Civil Veterinary Dept. North-West Frontier Province 1923-32 - 1923-1932
Year: 1923
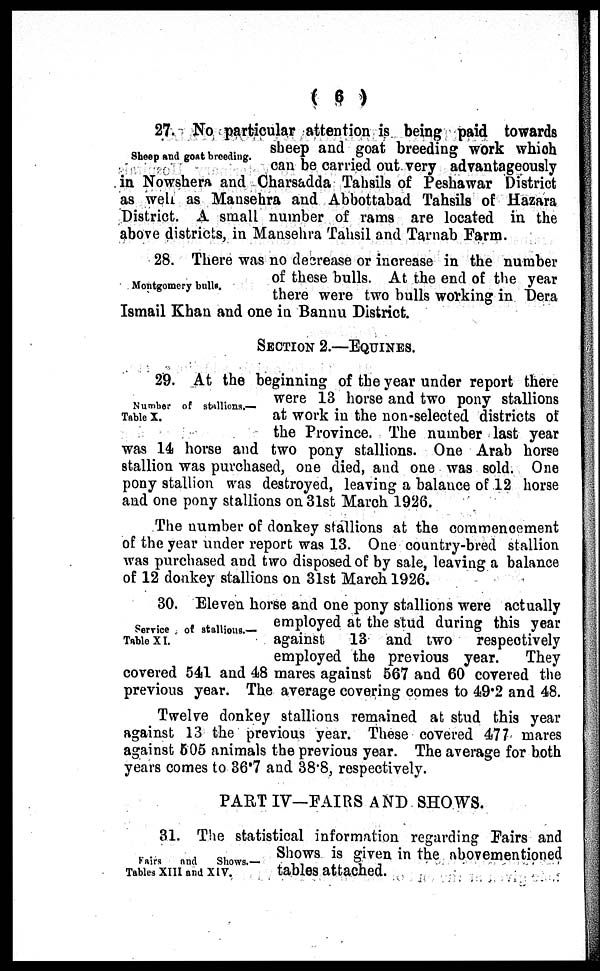
(6)
Sheep and goat breeding.
27. No particular attention is being paid towards
sheep and goat breeding work which
can be carried out very advantageously
in Nowshera and Charsadda Tahsils of Peshawar District
as well as Mansehra and Abbottabad Tahsils of Hazara
District. A small number of rams are located in the
above districts, in Mansehra Tahsil and Tarnab Farm.
Montgomery bulls.
28. There was no decrease or increase in the number
of these bulls. At the end of the year
there were two bulls working in Dera
Ismail Khan and one in Bannu District.
SECTION 2.—EQUINES.
Number of stallions.—
Table X.
29. At the beginning of the year under report there
were 13 horse and two pony stallions
at work in the non-selected districts of
the Province. The number last year
was 14 horse and two pony stallions. One Arab horse
stallion was purchased, one died, and one was sold. One
pony stallion was destroyed, leaving a balance of 12 horse
and one pony stallions on 31st March 1926.
The number of donkey stallions at the commencement
of the year under report was 13. One country-bred stallion
was purchased and two disposed of by sale, leaving a balance
of 12 donkey stallions on 31st March 1926.
Service of stallions.—
Table X I.
30. Eleven horse and one pony stallions were actually
employed at the stud during this year
against 13 and two respectively
employed the previous year.
They
covered 541 and 48 mares against 567 and 60 covered the
previous year. The average covering comes to 49.2 and 48.
Twelve donkey stallions remained at stud this year
against 13 the previous year. These covered 477 mares
against 505 animals the previous year. The average for both
years comes to 36.7 and 38.8, respectively.
PART IV—FAIRS AND SHOWS.
Fairs
and
Shows.—
Tables XIII and XIV.
31. The statistical information regarding Fairs and
Shows is given in the abovementioned
tables attached.